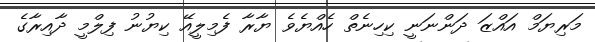
މަރިޔަމް އައްޒަ ދަންނަނީ ކިހިނެތް ހެއްޔެވެ ޔާރާ ފެމިލީއޭ ކިޔުނު ފިލްމީ ދާއިރާގެ